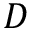
D